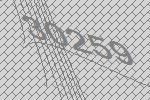
30259